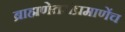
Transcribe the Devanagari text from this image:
ब्राह्मणेतरांप्रमाणेंच